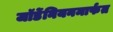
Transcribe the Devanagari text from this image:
जॉर्डेनियनमार्फत